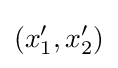
(x_{1}',x_{2}')